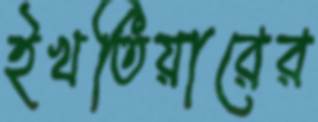
ইখতিয়ারের